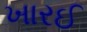
ખારઈ